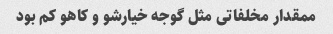
ممقدار مخلفاتی مثل گوجه خیارشو و کاهو کم بود